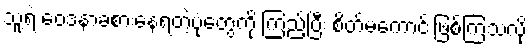
သူ့ရဲ့ ဝေဒနာခံစားနေရတဲ့ပုံတွေကို ကြည့်ပြီး စိတ်မကောင်းဖြစ်ကြသလို